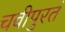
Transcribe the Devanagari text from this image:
चवीपुरतं